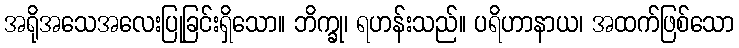
အရိုအသေအလေးပြုခြင်းရှိသော။ ဘိက္ခု၊ ရဟန်းသည်။ ပရိဟာနာယ၊ အထက်ဖြစ်သော